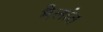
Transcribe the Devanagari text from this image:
मैलांत